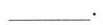
___。